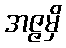
အဇ္ဇမှိ